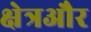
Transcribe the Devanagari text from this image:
क्षेत्रऔर